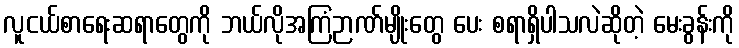
လူငယ်စာရေးဆရာတွေကို ဘယ်လိုအကြံဉာဏ်မျိုးတွေ ပေး စရာရှိပါသလဲဆိုတဲ့ မေးခွန်းကို